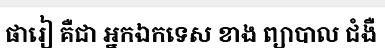
ផារៀ គឺជា អ្នកឯកទេស ខាង ព្យាបាល ជំងឺ